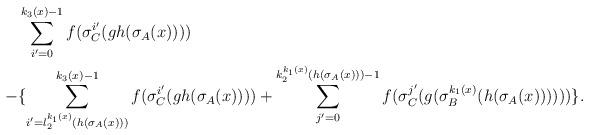
LaTeX: \begin{align*}& \sum_{i'=0}^{k_3(x)-1} f(\sigma_C^{i'}(gh(\sigma_A(x)))) \\-& \{\sum_{i'=l_2^{k_1(x)}(h(\sigma_A(x)))}^{k_3(x)-1} f(\sigma_C^{i'}(gh(\sigma_A(x)))) +\sum_{j'=0}^{k_2^{k_1(x)}(h(\sigma_A(x)))-1} f(\sigma_C^{j'}(g(\sigma_B^{k_1(x)}(h(\sigma_A(x)))))) \}.\end{align*}